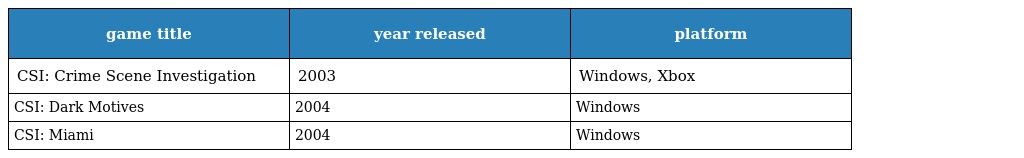
| game title | year released | platform |
 | --- | --- | --- |
 | CSI: Crime Scene Investigation | 2003 | Windows, Xbox |
 | CSI: Dark Motives | 2004 | Windows |
 | CSI: Miami | 2004 | Windows |